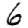
Digit: 6